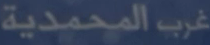
غربالمحمدية